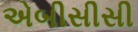
એબીસીસી